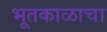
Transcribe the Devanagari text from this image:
भूतकाळाचा